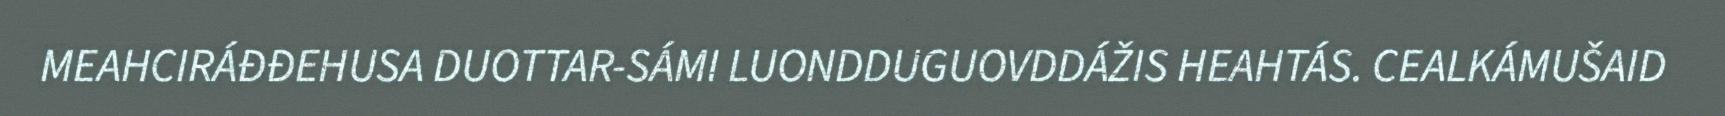
MEAHCIRÁĐĐEHUSA DUOTTAR-SÁMI LUONDDUGUOVDDÁŽIS HEAHTÁS. CEALKÁMUŠAID